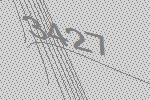
3427